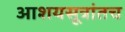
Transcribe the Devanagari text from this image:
आशयसूत्रांतच